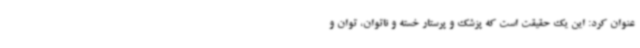
عنوان کرد: این یک حقیقت است که پزشک و پرستار خسته و ناتوان، توان و